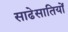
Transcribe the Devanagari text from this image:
साढेसातियों